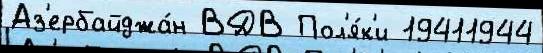
Аз'ербайджа́н ВДВ Пол'я́к'и 19411944